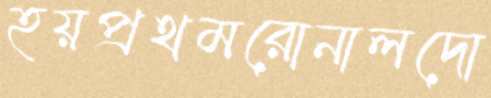
হয়প্রথমরোনালদো